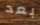
بعد